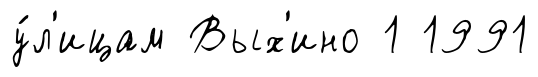
у́л'ицам Вых'ино 1 1991